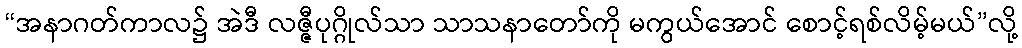
“အနာဂတ်ကာလ၌ အဲဒီ လဇ္ဇီပုဂ္ဂိုလ်သာ သာသနာတော်ကို မကွယ်အောင် စောင့်ရစ်လိမ့်မယ်”လို့